Report on sanitation, dispensaries, and jails in Rajputana for 1909, and on vaccination for the year 1909-1910 - 1909-1910
Year: 1909
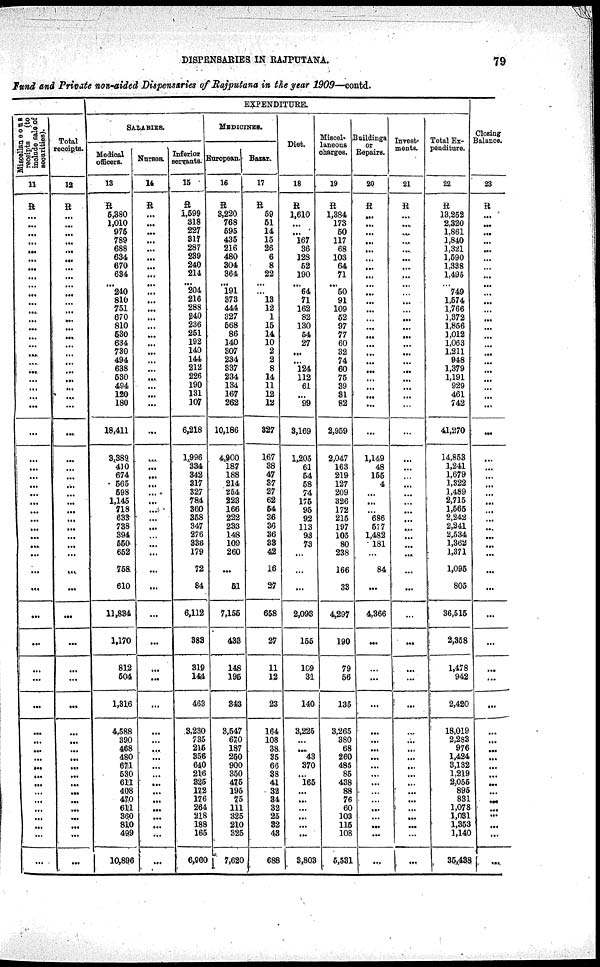
DISPENSARIES IN RAJPUTANA.
79
fund and Private non-aided Dispensaries of Rajputana in the year 1909—contd.
Miscellaneons
receipts
(to
include sale
of
Securities).
11
R
...
...
...
...
...
...
...
...
...
...
...
...
...
...
...
...
...
...
...
...
...
...
...
...
...
...
...
...
...
...
...
...
...
...
...
...
...
...
...
...
...
...
...
...
...
...
...
...
...
...
...
...
...
...
...
...
...
Total
receipts.
12
R
...
...
...
...
....
...
...
...
...
...
...
...
...
...
...
...
...
...
...
...
...
...
...
...
...
...
...
...
...
...
...
...
...
...
...
...
...
...
...
...
...
...
...
...
...
...
...
...
...
...
...
...
...
...
...
...
...
EXPENDITURE.
SALARIES.
Medical
officers.
13
R
5,380
1,010
975
789
688
634
670
634
... 240
810
751
670
810
530
634
730
494
638
530
494
120
180
18,411
3,389
410
674
565
598
1,145
718
633
738
394
550
652
758
610
11,834
1,170
812
504
1,316
4,588
390
468
480
671
530
611 408
470
611
360
810
499
10,896
Nurses.
14
R
...
...
...
...
...
...
...
...
...
...
...
...
...
...
...
...
...
...
...
...
...
...
...
...
...
...
...
...
...
...
...
...
...
...
...
...
...
...
...
...
...
...
...
...
...
...
...
...
...
...
...
...
...
...
...
...
...
Inferior
servants.
15
R
1,599
318
227
317
287
239
240
214
... 204
216
288
240
236
251
192
140
144
212
226
190
131
107
6,218
1,996
334
342
317
327
784
360
358
347
276
336
179
72
84
6,112
383
319
144
463
3,230
735
215
356
640
216
325
172
176
264
218
188
165
6,900
MEDICINES.
European.
16
R
3,320
768
595
435
216
480
304
364
... 191
373
444
327
568
86
140
307
234
337
234
134
167
262
10,186
4,900
187
188
214
254
223
166
222
233
148
109
260
...
51
7,155
433
148
195
343
3,547
670
187
250
900
350
475
195
75
111
325
210
325
7,620
Bazar.
17
R
59
51
14
15
26
6
8
22
... ...
13
12
1
15
14
10
2
2
8
14
11
12
12
327
167
38
47
37
27
62
54
36
36
36
33
42
16
27
658
27
11
12
23
164
108
38
35
66
38
41
32
34
32
25
32
43
688
Diet.
18
R
1,610
...
...
167
36
128
52
190
... 64
71
162
82
130
54
27
...
...
124
112
61
..
99
3,169
1,205
61
54
58
74
175
95
92
113
93
73
...
...
...
2,093
155
109
31
140
3,225
...
...
43
370
...
165
...
...
...
...
...
...
3,803
Miscel¬
laneous
charges.
19
R
1,384
173
50
117
68
103
64
71
... 50
91
109
52
97
77
60
32
74
60
75
39
31
82
2,959
2,047
163
219
127
209
326
172
215
197
105
80
238
166
33
4,297
190
79
56
135
3,265
380
68
260
485
85
438
88
76
60
103
115
108
5,531
Buildings
or
Repairs.
20
R
...
...
...
...
...
...
...
...
...
...
...
...
...
...
...
...
...
...
...
...
...
...
...
...
1,149
48
155
4
...
...
...
686
577
1,482
181
...
84
...
4,366
...
...
...
...
...
...
...
...
...
...
...
...
...
...
...
...
...
...
Invest¬
ments.
21
R
...
...
...
...
...
...
...
...
...
...
...
...
...
...
...
...
...
...
...
...
...
...
...
...
...
...
...
...
...
...
...
...
...
...
...
...
...
...
...
...
...
...
...
...
...
...
...
...
...
...
...
...
...
...
...
...
Total Ex¬
penditure.
22
R
13.352
2,320
1,861
1,840
1,321
1,590
1,338
1,495
...
749
1,574
1,766
1,372
1,866
1,012
1,063
1,211
948
1,379
1,191
929
461
742
41,370
14,853
1,241
1,679
1,322
1,469
2,715
1,565
2,242
2,241
2,534
1,362
1,371
1,095
805
36,515
2,358
1,478
942
2,420
18,019
2,283
976
1,424
3,132
1,219
2,055
895
831
1,078
1,031
1,353
1,140
35,438
Closing
Balance.
23
R
...
...
...
...
...
...
...
...
...
...
...
...
...
...
...
...
...
...
...
...
...
...
...
...
...
...
...
...
...
...
...
...
...
...
...
...
...
...
...
...
...
...
...
...
...
...
...
...
...
...
...
...
...
...
...
...
...